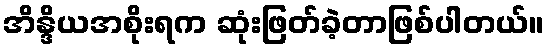
အိန္ဒိယအစိုးရက ဆုံးဖြတ်ခဲ့တာဖြစ်ပါတယ်။